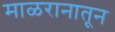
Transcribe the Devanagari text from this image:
माळरानातून